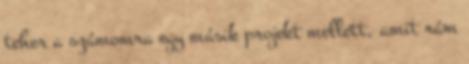
teher a számomra egy másik projekt mellett, amit rám